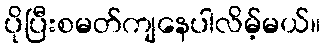
ပိုပြီးစမတ်ကျနေပါလိမ့်မယ်။